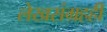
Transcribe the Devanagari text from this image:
लेखसंग्रहही